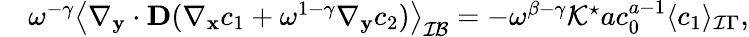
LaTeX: \begin{array}{rl}&{\omega^{-\gamma}\left\langle\nabla_{\mathbf y}\cdot\textbf{D}(\nabla_{\mathbf x}c_{1}+\omega^{1-\gamma}\nabla_{\mathbf y}c_{2})\right\rangle_{\mathcal{IB}}=-\omega^{\beta-\gamma}\mathcal{K^{\star}}ac_{0}^{a-1}\langle c_{1}\rangle_{\mathcal I\Gamma},}\end{array}